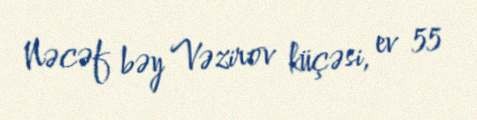
Nəcəf bəy Vəzirov küçəsi, ev 55